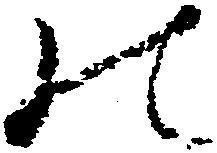
の